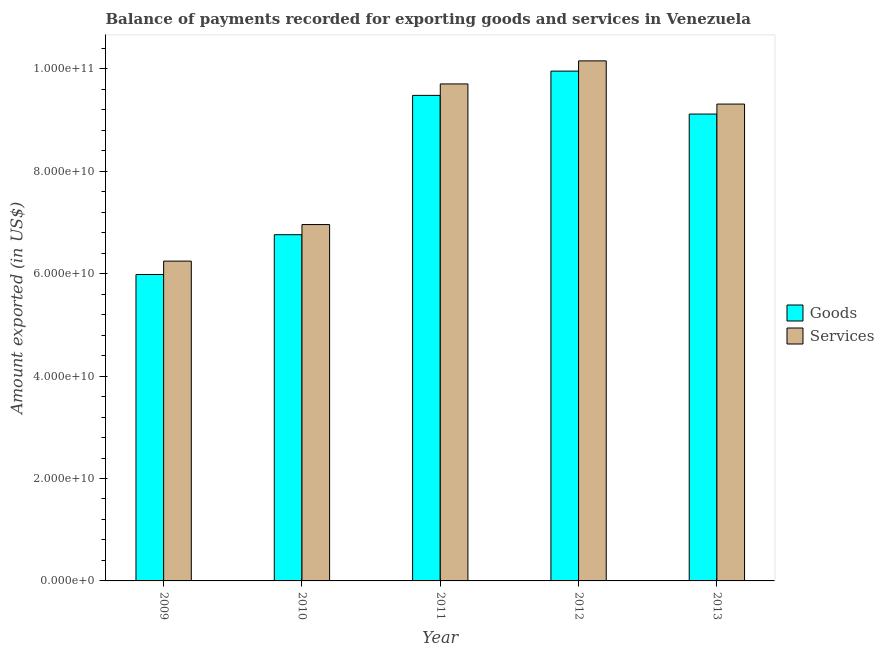
| Year | Goods | Services |
 | --- | --- | --- |
 | 2009 | 5.98e+10 | 6.24e+10 |
 | 2010 | 6.76e+10 | 6.96e+10 |
 | 2011 | 9.48e+10 | 9.7e+10 |
 | 2012 | 9.95e+10 | 1.02e+11 |
 | 2013 | 9.12e+10 | 9.31e+10 |